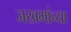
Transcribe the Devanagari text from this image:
जखमांच्या